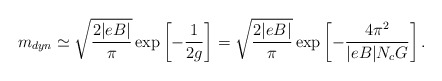
\begin{align*}m_{dyn}\simeq \sqrt{\frac{2|eB|}{\pi}} \exp\left[-\frac{1}{2g}\right] = \sqrt{\frac{2|eB|}{\pi}} \exp\left[-\frac{4\pi^2}{|eB|N_cG}\right] .\end{align*}